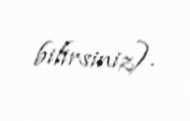
bilirsiniz).